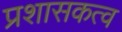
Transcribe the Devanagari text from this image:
प्रशासकत्व